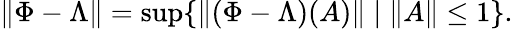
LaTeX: \| \Phi-\Lambda\| =\operatorname*{sup}\{ \| (\Phi-\Lambda)(A)\| \; |\; \| A\| \leq 1\} .